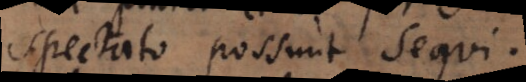
spectato possunt sequi.